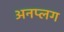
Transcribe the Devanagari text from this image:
अनप्लग